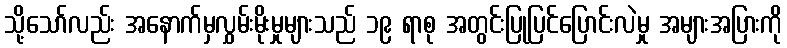
သို့သော်လည်း အနောက်မှလွှမ်းမိုးမှုများသည် ၁၉ ရာစု အတွင်းပြုပြင်ပြောင်းလဲမှု အများအပြားကို